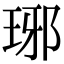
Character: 琊